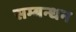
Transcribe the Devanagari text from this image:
सम्बन्धन